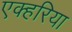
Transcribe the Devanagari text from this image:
एक्हरिया